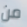
من